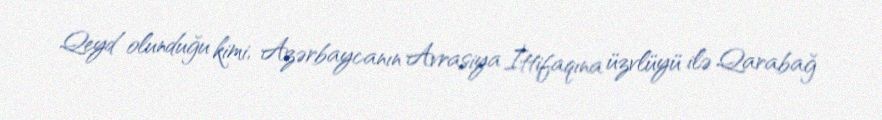
Qeyd olunduğu kimi, Azərbaycanın Avrasiya İttifaqına üzvlüyü ilə Qarabağ